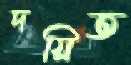
দয়িত